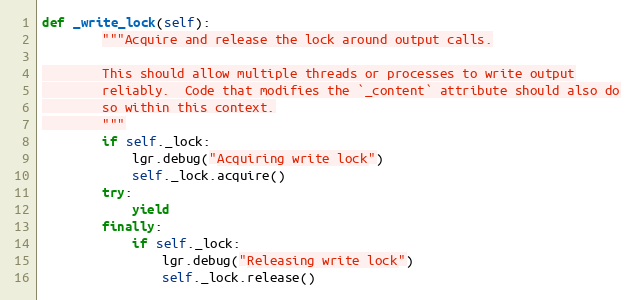
Language: Python
def _write_lock(self):
        """Acquire and release the lock around output calls.

        This should allow multiple threads or processes to write output
        reliably.  Code that modifies the `_content` attribute should also do
        so within this context.
        """
        if self._lock:
            lgr.debug("Acquiring write lock")
            self._lock.acquire()
        try:
            yield
        finally:
            if self._lock:
                lgr.debug("Releasing write lock")
                self._lock.release()